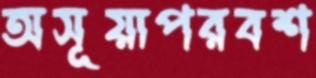
অসূয়াপরবশ